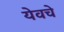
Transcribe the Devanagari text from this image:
येवचे